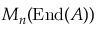
M _ { n } ( \operatorname { E n d } ( A ) )